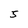
Character: 5